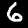
Label: 6